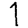
Digit: 1